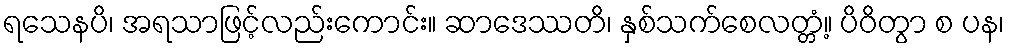
ရသေနပိ၊ အရသာဖြင့်လည်းကောင်း။ ဆာဒေဿတိ၊ နှစ်သက်စေလတ္တံ့။ ပိဝိတွာ စ ပန၊